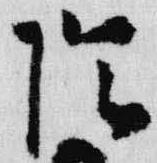
陰